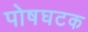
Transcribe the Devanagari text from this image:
पोषघटक